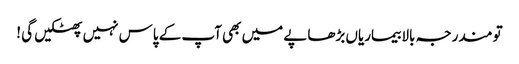
تو مندرجہ بالا بیماریاں بڑھاپے میں بھی آپ کے پاس نہیں پھٹکیں گی !